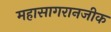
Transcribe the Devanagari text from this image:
महासागरानजीक